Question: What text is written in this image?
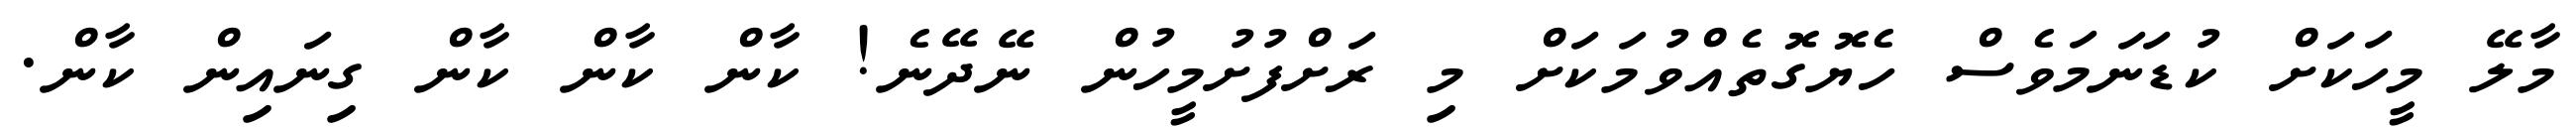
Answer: މާލޭ މީހަކަށް ކުޑަނަމަވެސް ހެޔޮގޮތެއްވުމަކަށް މި ރަށްފުށުމީހުން ނޭދޭނެ! ކާން ކާން ކާން ގިނައިން ކާން.